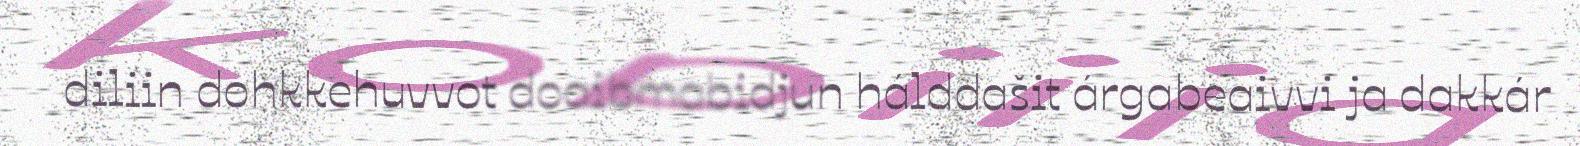
diliin dohkkehuvvot doaibmabidjun hálddašit árgabeaivvi ja dakkár